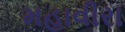
મહાવીરા